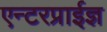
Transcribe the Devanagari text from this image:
एन्टरप्राईज्ञ